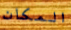
المكان